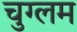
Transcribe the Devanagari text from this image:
चुग्लम